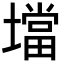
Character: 壋